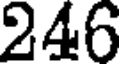
246